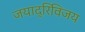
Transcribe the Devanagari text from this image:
जयाद्रिविजय